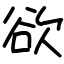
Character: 欲